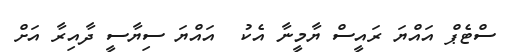
ސްޓެޕް އައްޔަ ރައީސް ޔާމީނާ އެކު  އައްޔަ ސިޔާސީ ދާއިރާ އަށް